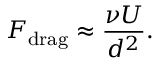
F _ { \mathrm { d r a g } } \approx \frac { \nu U } { d ^ { 2 } } .